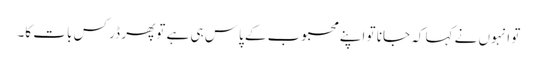
تو انہوں نے کہا کہ جانا تو اپنے محبوب کے پاس ہی ہے تو پھر ڈر کس بات کا۔